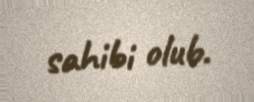
sahibi olub.